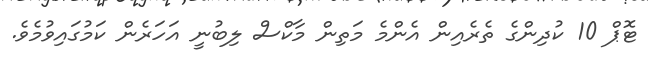
ޓޮޕް 10 ކުދިންގެ ތެރެއިން އެންމެ މަތިން މާކްްސް ލިބުނީ އަހަރެން ކަމުގައިވުމެވެ.